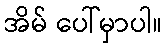
အိမ် ပေါ်မှာပါ။